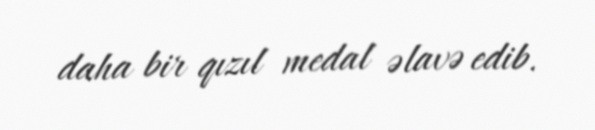
daha bir qızıl medal əlavə edib.